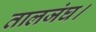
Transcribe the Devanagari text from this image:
तालजंघ।